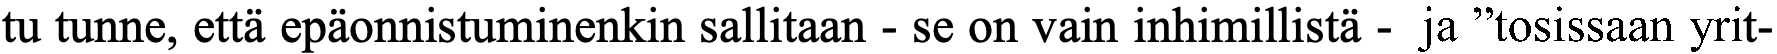
tu tunne, että epäonnistuminenkin sallitaan - se on vain inhimillistä - ja ”tosissaan yrit-